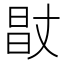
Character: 𰖊